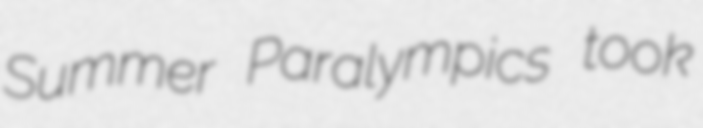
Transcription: Summer Paralympics took